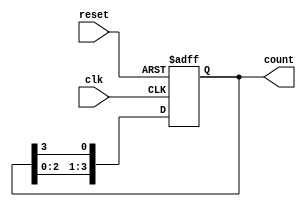
module ring_counter (
    input wire clk,            // Clock signal
    input wire reset,          // Asynchronous reset
    output reg [N-1:0] count   // Counter output
);
    parameter N = 4; // Number of flip-flops in the ring counter

    always @(posedge clk or posedge reset) begin
        if (reset) begin
            // Initialize the counter with the first flip-flop set
            count <= 1'b1; // For a 4-bit counter: 0001
        end else begin
            // Shift the '1' to the left, wrapping around to the first bit
            count <= {count[N-2:0], count[N-1]}; 
        end
    end
endmodule